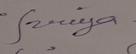
Signature authenticity: genuine